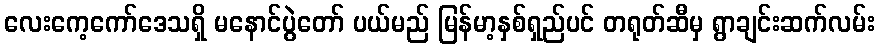
လေးကေ့ကော်ဒေသရှိ မနောင်ပွဲတော် ပယ်မည် မြန်မာ့နှစ်ရှည်ပင် တရုတ်ဆီမှ ရွာချင်းဆက်လမ်း